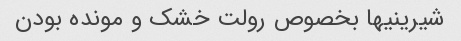
شیرینیها بخصوص رولت خشک و مونده بودن